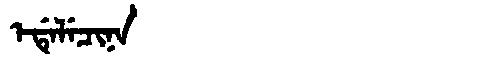
Manchu: ᡝᡩᡝᠯᡝᠴᡳᠨᠠ
Romanization: EDELECINA